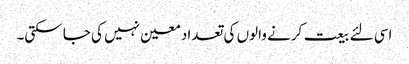
اسی لئے بیعت کرنے والوں کی تعداد معین نہیں کی جا سکتی۔